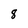
Character: 8